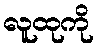
လူထုကို